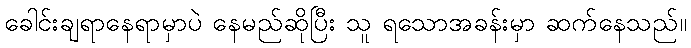
ခေါင်းချရာနေရာမှာပဲ နေမည်ဆိုပြီး သူ ရသောအခန်းမှာ ဆက်နေသည်။